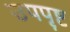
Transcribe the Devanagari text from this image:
उपपृष्ट